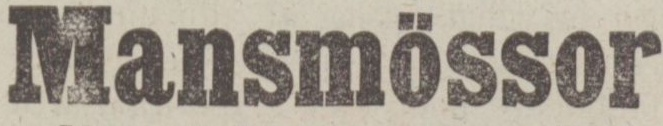
Mansmössor